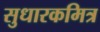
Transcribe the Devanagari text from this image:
सुधारकमित्र